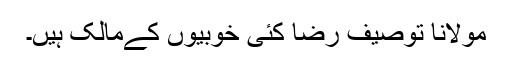
مولانا توصیف رضا کئی خوبیوں کےمالک ہیں۔